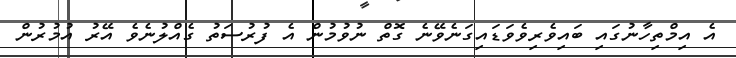
އެ އިމްތިހާނުގައި ބައިވެރިވެވަޑައިގަނެވޭނެ ގޮތް ނުވުމުން އެ ފުރުސަތު ގެއްލުނެވެ އޭރު އުމުރުން